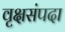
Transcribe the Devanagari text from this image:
वृक्षसंपदा